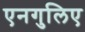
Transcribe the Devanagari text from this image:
एनगुलिए